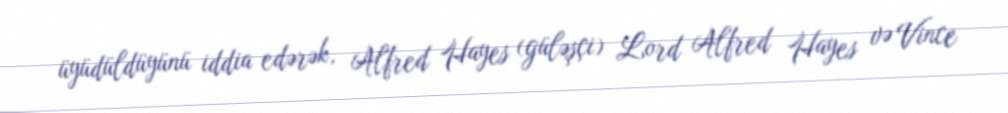
üyüdüldüyünü iddia edərək, Alfred Hayes (güləşçi) Lord Alfred Hayes və Vince